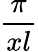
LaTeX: \frac{\pi}{xl}